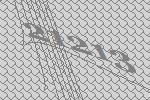
21213